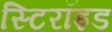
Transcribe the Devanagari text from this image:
स्टिरॉइड